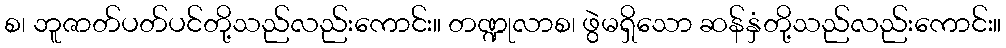
စ၊ ဘူဇာတ်ပတ်ပင်တို့သည်လည်းကောင်း။ တဏ္ဍုလာစ၊ ဖွဲမရှိသော ဆန်နှံတို့သည်လည်းကောင်း။